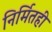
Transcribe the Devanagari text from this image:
निर्मितही